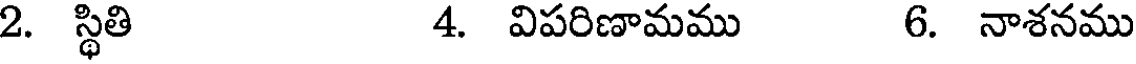
2. స్థితి 4. విపరిణామము 6. నాశనము